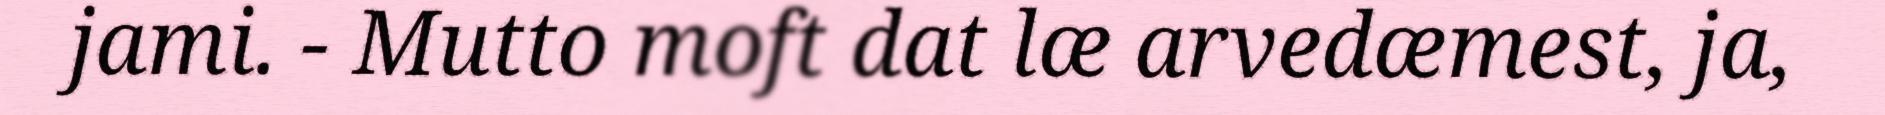
jami. - Mutto moft dat læ arvedæmest, ja,